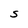
Character: S